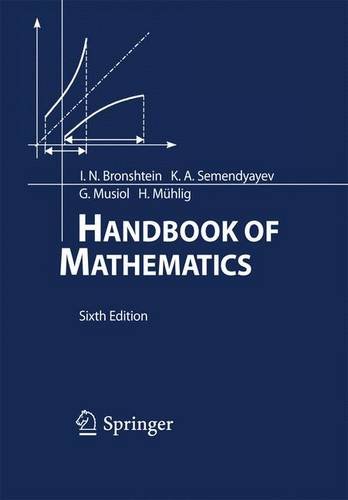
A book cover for Handbook of Mathematics; I.N. Bronshtein; Science & Math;